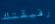
رفيقتك